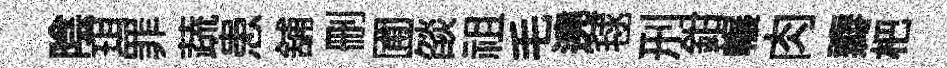
陰珥罪蔬患舖删圃燄祖毛遶毬刑鉗輾肉瓣杷